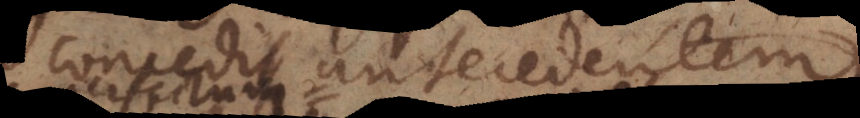
concedit antecedentem